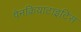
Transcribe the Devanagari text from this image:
पैनक्रियाटाइटिस